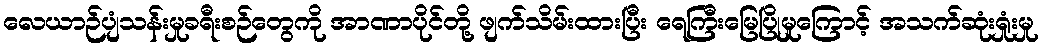
လေယာဉ်ပျံသန်းမှုခရီးစဉ်တွေကို အာဏာပိုင်တို့ ဖျက်သိမ်းထားပြီး ရေကြီးမြေပြိုမှုကြောင့် အသက်ဆုံးရှုံးမှု